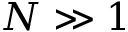
N \gg 1